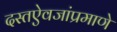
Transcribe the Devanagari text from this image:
दस्तऐवजांप्रमाणे